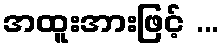
အထူးအားဖြင့် ...